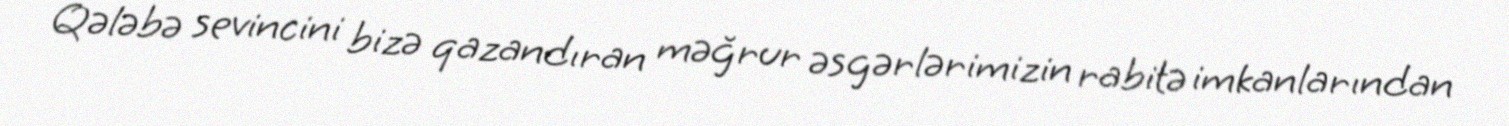
Qələbə sevincini bizə qazandıran məğrur əsgərlərimizin rabitə imkanlarından